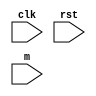
module misr(clk,rst,m);
input clk;
input rst;
input [4:0] m;
reg q4,q3,q2,q1,q0;
reg [4:0] count;
reg [4:0] disp;
    initial begin
        q0 = 1'b0;
        q1 = 1'b0;
        q2 = 1'b0;
        q3 = 1'b0;
        q4 = 1'b0;
        count = 5'b0;
    end
        always @(posedge clk)
        begin
         if(rst==1)
         begin
             q0=1'b0;
             q1=1'b0;
             q2=1'b0;
             q3=1'b0;
             q4=1'b0;
             end
             end
    always @(posedge clk &&rst == 0)
    begin
        q0<=q4^m[0];
        q1<=q0^q4^m[1];
        q2<=q1^m[2];
        q3<=q2^m[3]^q4;
        q4<=q3^q4^m[4];
    end
    
    always @(posedge clk)
        begin
         disp = {q0,q1,q2,q3,q4}; 
         $display("%b",disp);
           
    end
endmodule